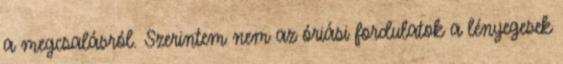
a megcsalásról. Szerintem nem az óriási fordulatok a lényegesek